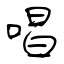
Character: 唱